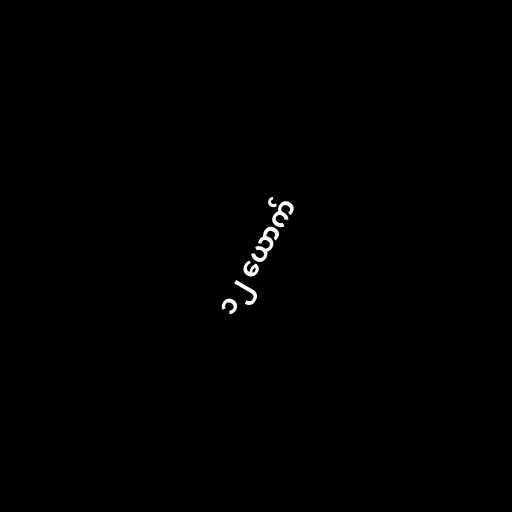
၁၂ ယောက်